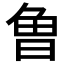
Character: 𭦌